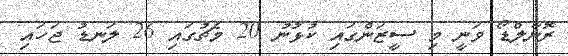
ރޮނާލްޑޯ ވަނީ މި ސީޒަންގައި ކުޅުނު 20 މެޗުގައި 26 ލަނޑު ޖަހައި